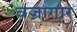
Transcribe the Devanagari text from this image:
वज्रागार